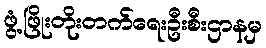
ဖွံ့ဖြိုးတိုးတက်ရေးဦးစီးဌာနမှ